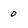
Character: 0